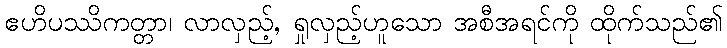
ဧဟိပဿိကတ္တာ၊ လာလှည့်, ရှုလှည့်ဟူသော အစီအရင်ကို ထိုက်သည်၏